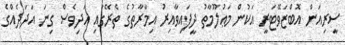
ސީރިއަން އޮބްޒަވޭޓަރީ އަކުން މަޢުލޫމާތު ދީފައިވާއިރު އިމާރާތުގެ ތެރޭގައި އަދިވެސް ގިނަ އަދަދެއްގެ